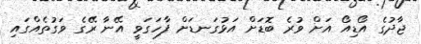
ޖާދުގެ އޯޑިއޯ އަށް ވުރެ ބޮޑަށް އަޅުގަނޑަށް ފާހަގަވީ އޭނާ ރޭގެ ވަގުތެއްގައި